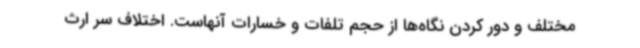
مختلف و دور کردن نگاه‌ها از حجم تلفات و خسارات آنهاست. اختلاف سر ارث